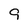
Character: 9